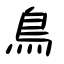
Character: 鳥